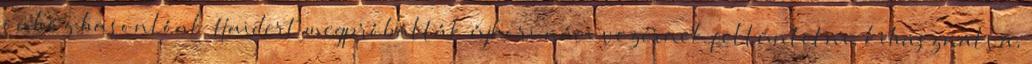
önhöz hasonlóak Haidert megpróbálták újkori náci vezérnek feltüntetni, kihasználva,